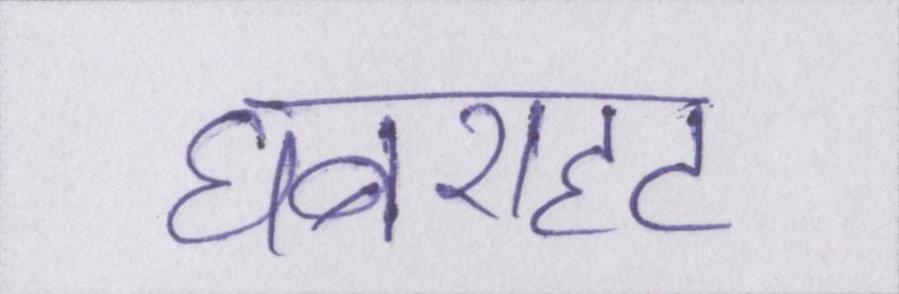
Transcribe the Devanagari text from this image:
घबराहट